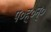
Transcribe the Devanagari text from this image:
प०ह्०न्०